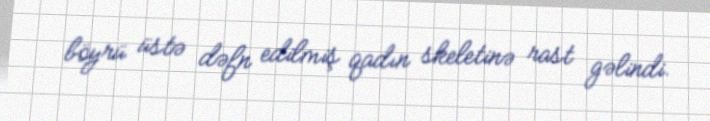
böyrü üstə dəfn edilmiş qadın skeletinə rast gəlindi.